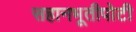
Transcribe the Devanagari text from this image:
सहानभूतीपोटी